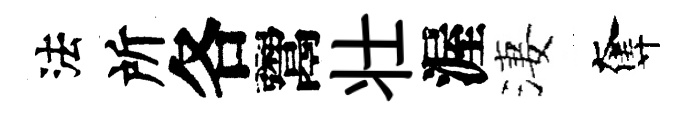
法所各鬻壮渥淒奪